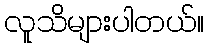
လူသိများပါတယ်။